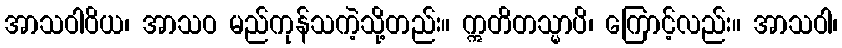
အာသဝါဝိယ၊ အာသဝ မည်ကုန်သကဲ့သို့တည်း။ ဣတိတသ္မာပိ၊ ကြောင့်လည်း။ အာသဝါ၊